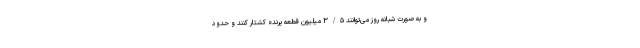
و به صورت شبانه روز می‌توانند ۳/۵ میلیون قطعه پرنده کشتار کنند و حدود